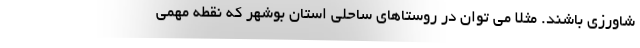
شاورزی باشند. مثلا می توان در روستاهای ساحلی استان بوشهر که نقطه مهمی